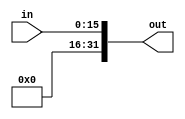
module concat16 (input[15:0] in,output [31:0] out);
	assign out={16'b0000000000000000,in};
endmodule